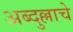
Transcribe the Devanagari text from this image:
अब्दुल्लाचे